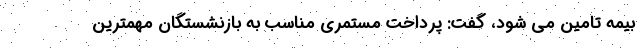
بیمه تامین می شود، گفت: پرداخت مستمری مناسب به بازنشستگان مهمترین